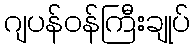
ဂျပန်ဝန်ကြီးချုပ်